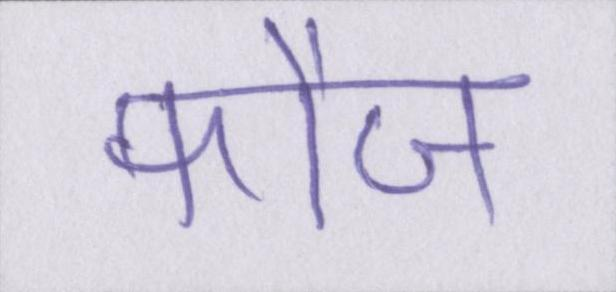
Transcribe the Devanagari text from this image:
फौज